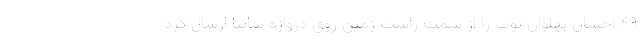
۴۹ احسان پهلوان توپ را از سمت راست زمین روی دروازه سایپا ارسال کرد